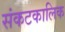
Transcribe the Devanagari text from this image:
संकटकालिक